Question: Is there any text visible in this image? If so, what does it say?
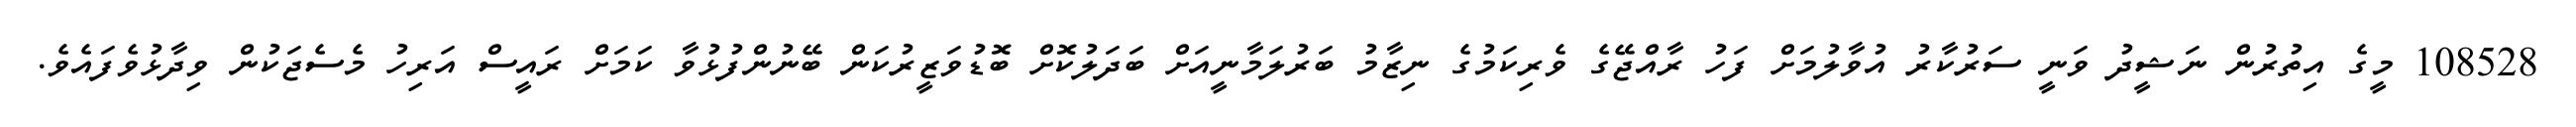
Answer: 108528 މީގެ އިތުރުން ނަޝީދު ވަނީ ސަރުކާރު އުވާލުމަށް ފަހު ރާއްޖޭގެ ވެރިކަމުގެ ނިޒާމު ބަރުލަމާނީއަށް ބަދަލުކޮށް ބޮޑުވަޒީރުކަން ބޭނުންފުޅުވާ ކަމަށް ރައީސް އަރިހު މެސެޖަކުން ވިދާޅުވެފައެވެ.